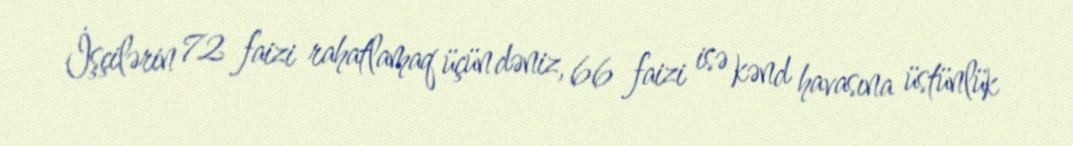
İşçilərin 72 faizi rahatlamaq üçün dəniz, 66 faizi isə kənd havasına üstünlük